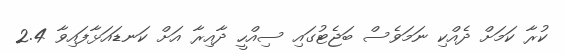
ކުރާ ކަމަށް ދެއްކި ނަމަވެސް ބަޖެޓުގައި ސިއްހީ ދާއިރާ އަށް ކަނޑައަޅާފައިވާ 2.4